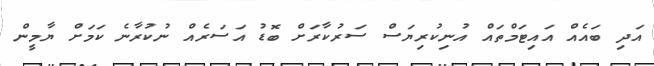
އަދި ބައެއް އައިޓަމްތައް އުނިކުރިޔަސް ސަރުކާރަށް ބޮޑު އަސަރެއް ނުކުރާނެ ކަމަށް ޔާމީން